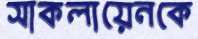
সাকলায়েনকে